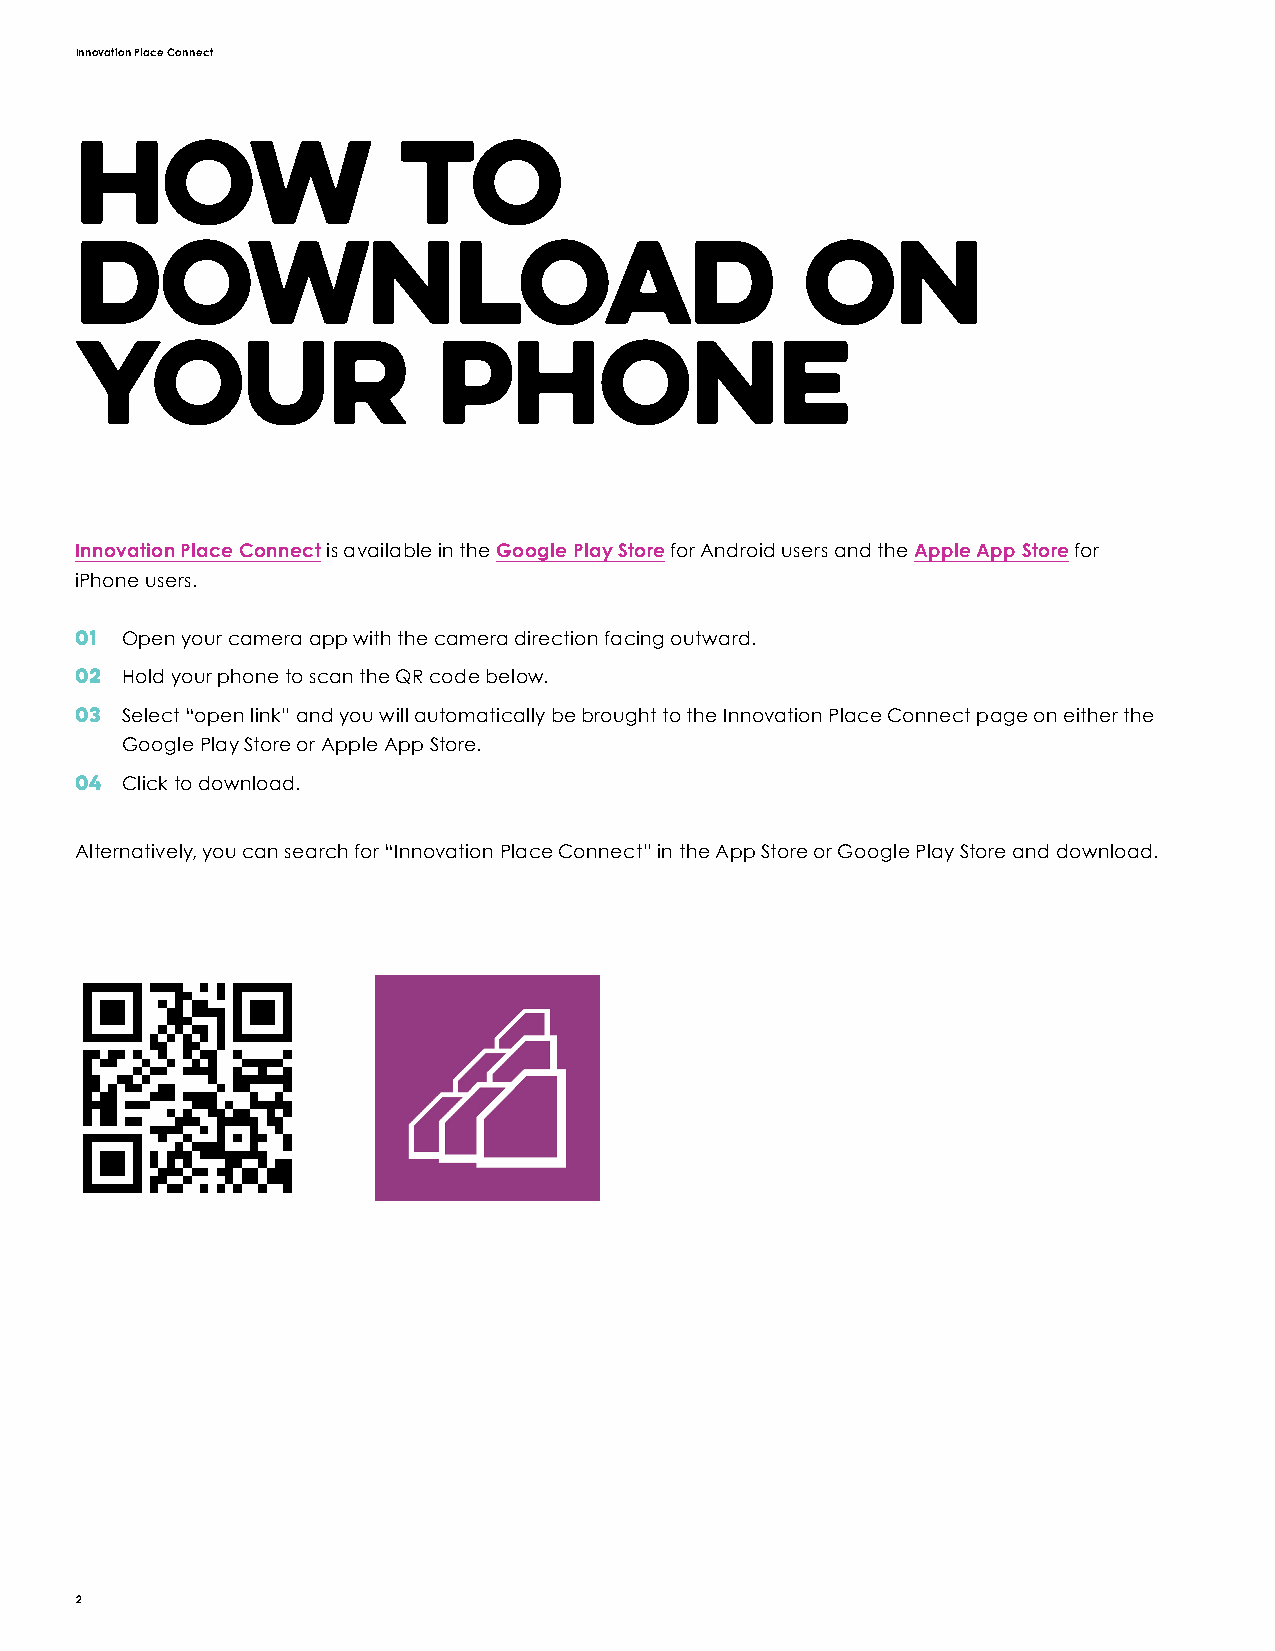
Innovation Place Connect
 How                  to
 Download                                        on
 Your                    Phone
 Innovation Place Connect is available in the Google Play Store for Android users and the Apple App Store for
 iPhone users.
 01 Open your camera app with the camera direction facing outward.
 02 Hold your phone to scan the QR code below.
 03 Select “open link” and you will automatically be brought to the Innovation Place Connect page on either the
 Google Play Store or Apple App Store.
 04 Click to download.
 Alternatively, you can search for “Innovation Place Connect” in the App Store or Google Play Store and download.
 2